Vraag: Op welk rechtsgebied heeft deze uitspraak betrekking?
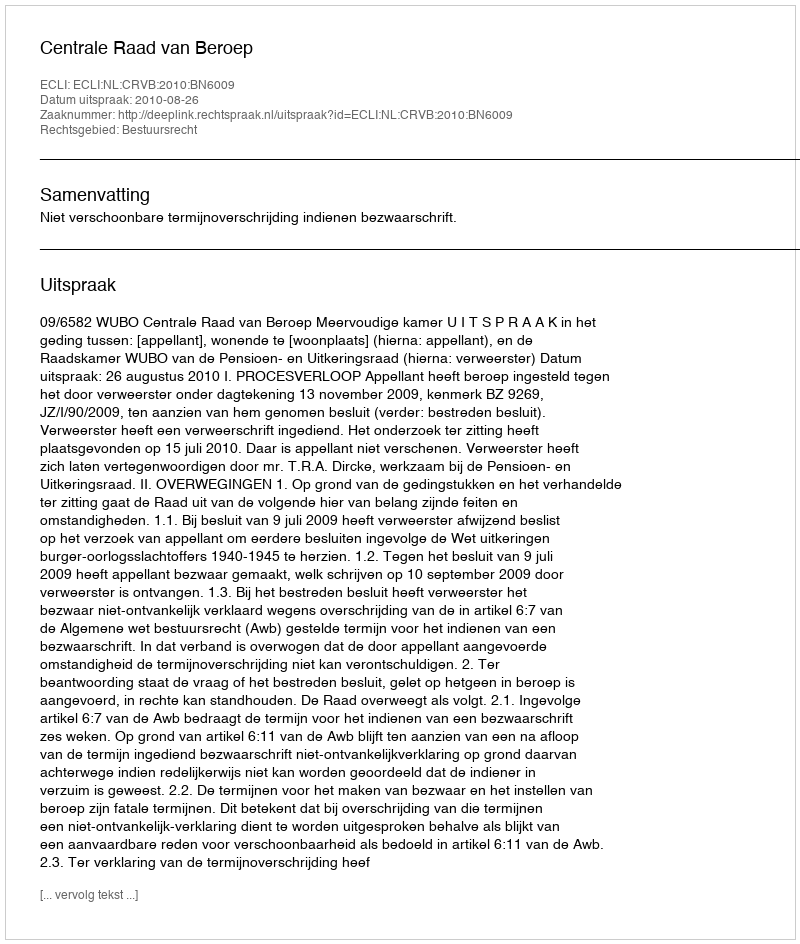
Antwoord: Bestuursrecht